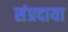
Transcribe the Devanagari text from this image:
संप्रदाया